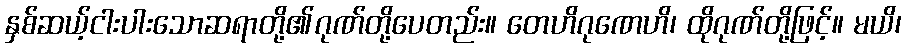
နှစ်ဆယ့်ငါးပါးသောဆရာတို့၏ဂုဏ်တို့ပေတည်း။ တေဟိဂုဏေဟိ၊ ထိုဂုဏ်တို့ဖြင့်။ မယိ၊